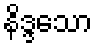
နိဒ္ဒသော